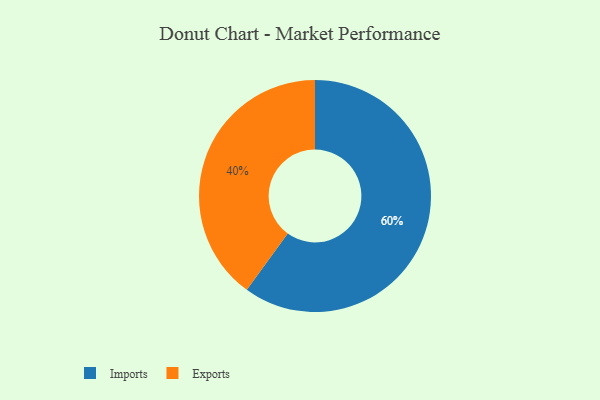
{"axis": {"x": "Category", "y": "Percentage"}, "legend": ["Exports", "Imports"], "data": [{"x": "Exports", "y": 40, "type": "Exports"}, {"x": "Imports", "y": 60, "type": "Imports"}]}